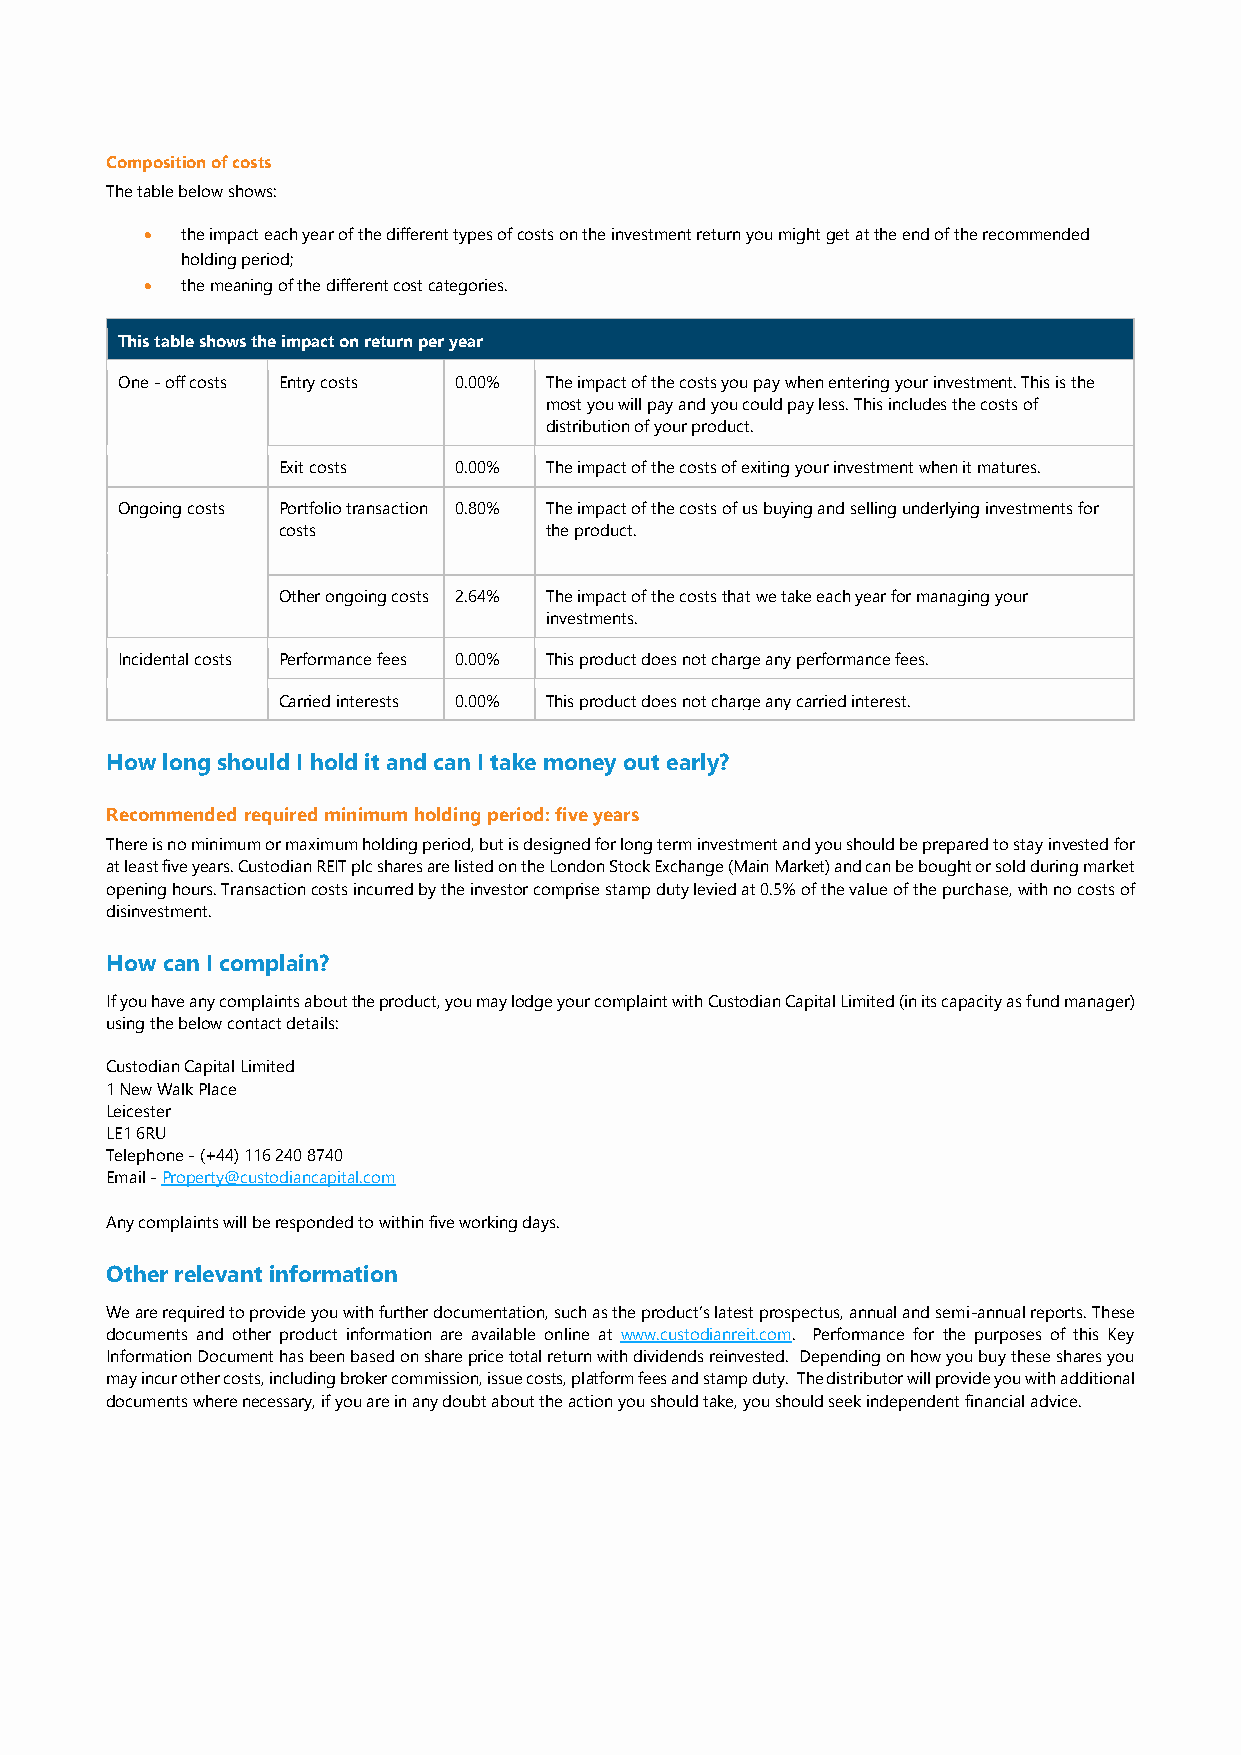
Composition of costs
 The table below shows:
 • the impact each year of the different types of costs on the investment return you might get at the end of the recommended
 holding period;
 • the meaning of the different cost categories.
 This table shows the impact on return per year
 One - off costs Entry costs 0.00% The impact of the costs you pay when entering your investment. This is the
 most you will pay and you could pay less. This includes the costs of
 distribution of your product.
 Exit costs  0.00% The impact of the costs of exiting your investment when it matures.
 Ongoing costs Portfolio transaction 0.80% The impact of the costs of us buying and selling underlying investments for
 costs             the product.
 0.00%
 Other ongoing costs 2.64% The impact of the costs that we take each year for managing your
 investments.
 Incidental costs Performance fees 0.00% This product does not charge any performance fees.
 Carried interests 0.00% This product does not charge any carried interest.
 How long should I hold it and can I take money out early?
 Recommended required minimum holding period: five years
 There is no minimum or maximum holding period, but is designed for long term investment and you should be prepared to stay invested for
 at least five years. Custodian REIT plc shares are listed on the London Stock Exchange (Main Market) and can be bought or sold during market
 opening hours. Transaction costs incurred by the investor comprise stamp duty levied at 0.5% of the value of the purchase, with no costs of
 disinvestment.
 How can I complain?
 If you have any complaints about the product, you may lodge your complaint with Custodian Capital Limited (in its capacity as fund manager)
 using the below contact details:
 Custodian Capital Limited
 1 New Walk Place
 Leicester
 LE1 6RU
 Telephone - (+44) 116 240 8740
 Email - Property@custodiancapital.com
 Any complaints will be responded to within five working days.
 Other relevant information
 We are required to provide you with further documentation, such as the product’s latest prospectus, annual and semi-annual reports. These
 documents and other product information are available online at www.custodianreit.com. Performance for the purposes of this Key
 Information Document has been based on share price total return with dividends reinvested. Depending on how you buy these shares you
 may incur other costs, including broker commission, issue costs, platform fees and stamp duty. The distributor will provide you with additional
 documents where necessary, if you are in any doubt about the action you should take, you should seek independent financial advice.